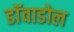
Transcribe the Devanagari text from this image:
डाॅवाडोल